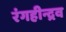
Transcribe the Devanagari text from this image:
रंगहीन्द्रव